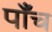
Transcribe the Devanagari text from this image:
पाँँच